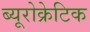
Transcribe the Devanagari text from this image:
ब्यूरोक्रेटिक